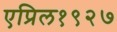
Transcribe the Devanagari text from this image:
एप्रिल१९२७